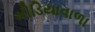
મીડિયાવાળા